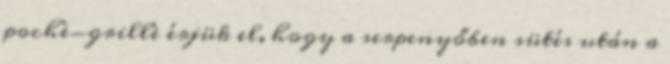
pochè-grillè érjük el, hogy a serpenyőben sütés után a